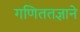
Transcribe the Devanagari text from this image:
गणिततज्ञाने